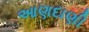
આણદાણી